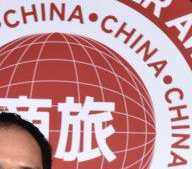
CHINA·CHINA·CHINA